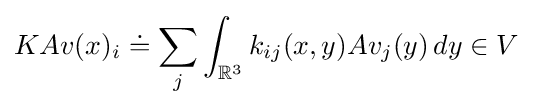
KAv(x)_{i}\doteq \sum _{j}\int _{{\mathbb {R} }^{3}}k_{ij}(x,y)Av_{j}(y)\,dy\in V\